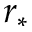
r _ { * }